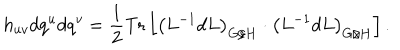
LaTeX: h _ { u v } d q ^ { u } d q ^ { v } = \frac 1 2 \mathrm { T r } \left[ \left( L ^ { - 1 } d L \right) _ { G / H } \cdot \left( L ^ { - 1 } d L \right) _ { G / H } \right] .